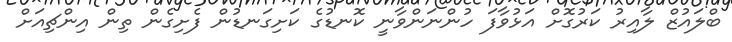
ބްލައުޒް ލާއިރު ކަރުގޮށް އަޅުވާފަ ހުންނަންވާނީ ކޮނޑުގެ ކަށިގަނޑުން ފެށިގެން ތިން އިންޗިއަށް